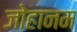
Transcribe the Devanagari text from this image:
जोहानम